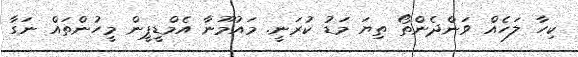
ކިހާ ލަހެއް ވަންދެންތޯ ތިޔަ މަޑު ކުރަނީ. މައުމޫނާ އެމްޑީޕީން މީހުންތައް ނަގާ